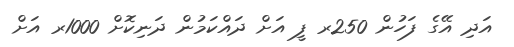
އަދި އޭގެ ފަހުން 250ރ ފީ އަށް ދައްކަމުން ދަނިކޮށް 1000ރ އަށް